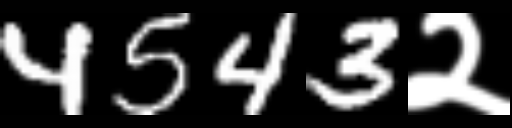
Text: 4543२